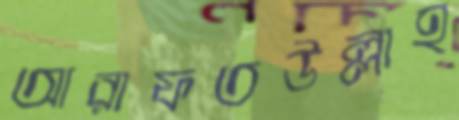
আরাফতউল্লাহ